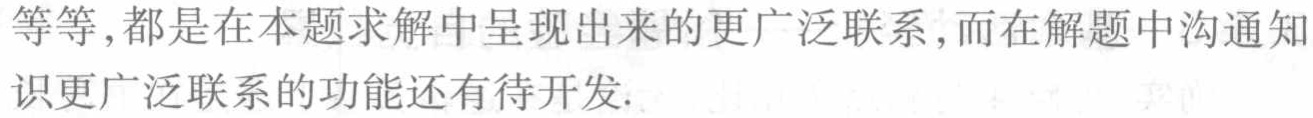
等等,都是在本题求解中呈现出来的更广泛联系,而在解题中沟通知识更广泛联系的功能还有待开发.